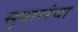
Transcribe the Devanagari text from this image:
सुधारांचा